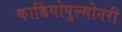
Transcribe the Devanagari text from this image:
कार्डियोपुल्मोनरी